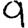
Digit: 9